Indian journal of veterinary science and animal husbandry - Volume 14,
Year: 1944
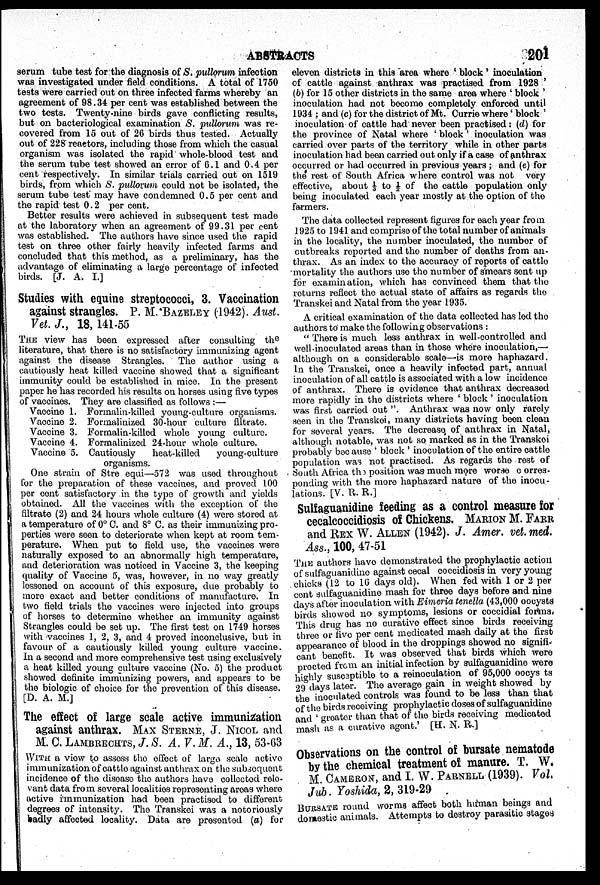
ABSTRACTS
201
serum tube test for the diagnosis of S. pullorum infection
was investigated under field conditions. A total of 1750
tests were carried out on three infected farms whereby an
agreement of 98.34 per cent was established between the
two tests. Twenty-nine birds gave conflicting results,
but on bacteriological examination S. pullorum was re
covered from 15 out of 26 birds thus tested. Actually
out of 228 reactors, including those from which the casual
organism was isolated the rapid whole-blood test and
the serum tube test showed an error of 6.1 and 0.4 per
cent respectively. In similar trials carried out on 1519
birds, from which S. pullorum could not be isolated, the
serum tube test may have condemned 0.5 per cent and
the rapid test 0.2 per cent.
Better results were achieved in subsequent test made
at the laboratory when an agreement of 99.31 per cent
was established. The authors have since used the rapid
test on three other fairly heavily infected farms and
concluded that this method, as a preliminary, has the
advantage of eliminating a large percentage of infected
birds. [J. A. I.]
Studies with equine streptococci, 3. Vaccination
against strangles. P. M. BAZELEY (1942). Aust.
Vet. J., 18, 141-55
THE view has been expressed after consulting the
literature, that there is no satisfactory immunizing agent
against the disease Strangles. The author using a
cautiously heat killed vaccine showed that a significant
immunity could be established in mice. In the present
paper he has recorded his results on horses using five types
of vaccines. They are classified as follows:—
Vaccine 1. Formalin-killed young-culture organisms.
Vaccine 2. Formalinized 30-hour culture filtrate.
Vaccine 3. Formalin-killed whole young culture.
Vaccine 4. Formalinized 24-hour whole culture.
Vaccine 5. Cautiously
heat-killed
young-culture
organisms.
One strain of Stre equi—572 was used throughout
for the preparation of these vaccines, and proved 100
per cent satisfactory in the type of growth and yields
obtained. All the vaccines with the exception of the
filtrate (2) and 24 hours whole culture (4) were stored at
a temperature of 0°C. and 8° C. as their immunizing pro
perties were seen to deteriorate when kept at room tem
perature. When put to field use, the vaccines were
naturally exposed to an abnormally high temperature,
and deterioration was noticed in Vaccine 3, the keeping
quality of Vaccine 5, was, however, in no way greatly
lessened on account of this exposure, due probably to
more exact and better conditions of manufacture. In
two field trials the vaccines were injected into groups
of horses to determine whether an immunity against
Strangles could be set up. The first test on 1749 horses
with vaccines 1, 2, 3, and 4 proved inconclusive, but in
favour of a cautiously killed young culture vaccine.
In a second and more comprehensive test using exclusively
a heat killed young culture vaccine (No. 5) the product
showed definite immunizing powers, and appears to be
the biologic of choice for the prevention of this disease.
[D. A. M.]
The effect of large scale active immunization
against anthrax. MAX STERNE, J. NICOL and
M. C. LAMBRECHTS, J. S. A. V. M. A., 13, 53-63
WITH a view to assess the effect of large scale active
immunization of cattle against anthrax on the subsequent
incidence of the disease the authors have collected rele-
vant data from several localities representing areas where
active immunization had been practised to different
degrees of intensity. The Transkoi was a notoriously
badly affected locality. Data are presented (a) for
eleven districts in this area where 'block' inoculation
of cattle against anthrax was practised from 1928'
(b) for 15 other districts in the same area where 'block'
inoculation had not become completely enforced until
1934; and (c) for the district of Mt. Currie where 'block'
inoculation of cattle had never been practised: (d) for
the province of Natal where 'block' inoculation was
carried over parts of the territory while in other parts
inoculation had been carried out only if a case of anthrax
occurred or had occurred in previous years; and (e) for
the rest of South Africa where control was not very
effective, about ⅓ to ½ of the cattle population only
being inoculated each year mostly at the option of the
farmers.
The data collected represent figures for each year from
1925 to 1941 and comprise of the total number of animals
in the locality, the number inoculated, the number of
outbreaks reported and the number of deaths from an
thrax. As an index to the accuracy of reports of cattle
mortality the authors use the number of smears sent up
for examination, which has convinced them that the
returns reflect the actual state of affairs as regards the
Transkei and Natal from the year 1935.
A critical examination of the data collected has led the
authors to make the following observations:
"There is much less anthrax in well-controlled and
well-inoculated areas than in those where inoculation,—
although on a considerable scale—is more haphazard.
In the Transkei, once a heavily infected part, annual
inoculation of all cattle is associated with a low incidence
of anthrax. There is evidence that anthrax decreased
more rapidly in the districts where 'block' inoculation
was first carried out ". Anthrax was now only rarely
seen in the Transkoi, many districts having been clean
for several years. The decrease of anthrax in Natal,
although notable, was not so marked as in the Transkoi
probably because 'block' inoculation of the entire cattle
population was not practised. As regards the rest of
South Africa the position was much more worse corres
ponding with the more haphazard nature of the inocu
lations. [V. R. R.]
Sulfaguanidine feeding as a control measure for
cecalcoccidiosis of Chickens. MARION M. FARR
and REX W. ALLEN (1942). J. Amer. vet. med.
Ass., 100, 47-51
THE authors have demonstrated the prophylactic action
of sulfaguanidino against cecal coccidiosis in very young
chicks (12 to 16 days old). When fed with 1 or 2 per
cent sulfaguanidine mash for three days before and nine
days after inoculation with Eimeria tenella (43,000 oocysts
birds showed no symptoms, lesions or coccidial forms,
This drug has no curative effect since birds receiving
three or five per cent medicated mash daily at the first
appearance of blood in the droppings showed no signifi
cant benefit. It was observed that birds which were
procted from an initial infection by sulfaguanidine were
highly susceptible to a reinoculation of 95,000 oocys ts
29 days later. The average gain in weight showed by
the inoculated controls was found to be less than that
of the birds receiving prophylactic doses of sulfaguanidine
and 'greater than that of the birds receiving medicated
mash as a curative agent.' [H. N. R.]
Observations on the control of bursate nematode
by the chemical treatment of manure. T. W.
M CAMERON, and I. W. PARNELL (1939). Vol.
Jub. Yoshida, 2, 319-29
BURSATE round worms affect both human beings and
domestic animals. Attempts to destroy parasitic stages